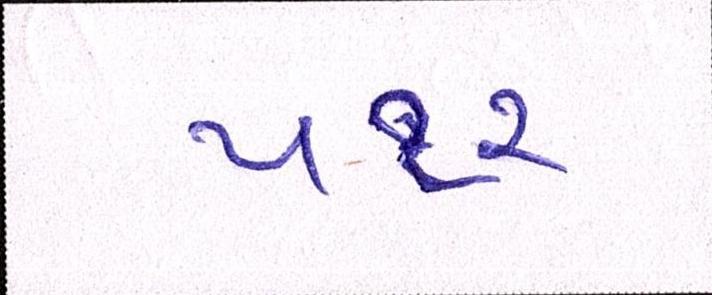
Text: ૫૧૨